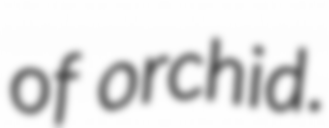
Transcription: of orchid.